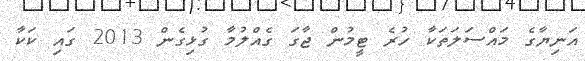
އަނިޔާގެ މައްސަލަތަކާ ހުރެ ޓީމުން ޖާގަ ގެއްލުމާ ގުޅިގެން 2013 ގައި ކަކާ